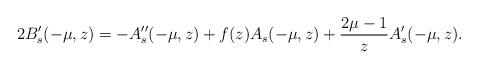
LaTeX: \begin{gather*} 2 B_s'(-\mu,z)=- A_s''(-\mu,z)+f(z) A_s(-\mu,z)+\frac{2\mu-1}{z} A_s'(-\mu,z) .\end{gather*}